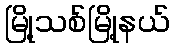
မြို့သစ်မြို့နယ်